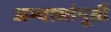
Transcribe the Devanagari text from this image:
अभ्यासांपूर्ती